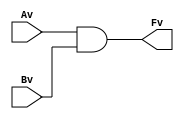
/* Title: VerilogAND.v
 * Description: Verilog implementation of 2 input AND gate
 */
module veriogAND(Fv,Av,Bv);
    input Av,Bv;
	 output Fv;
	 and v_and(Fv,Av,Bv);
endmodule